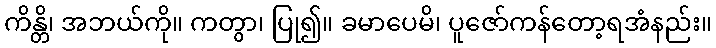
ကိန္တိ၊ အဘယ်ကို။ ကတွာ၊ ပြု၍။ ခမာပေမိ၊ ပူဇော်ကန်တော့ရအံနည်း။